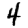
Digit: 4